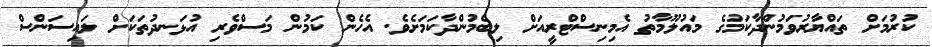
ކުރުމަށް ތައްޔާރުވަމުންދާކަމުގެ މައުލޫމާތު އެމިނިސްޓްރީއަށް ލިބެމުންދާކަމަށެވެ. އެހެން ކަމުން މަސްވެރި އުޅަނދުތަކަށް ލައިސަންސް